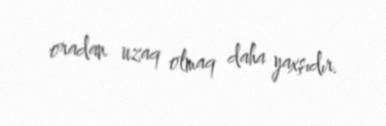
oradan uzaq olmaq daha yaxşıdır.